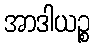
အာဒါယဉ္စ